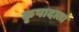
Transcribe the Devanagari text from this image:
कृपादाता